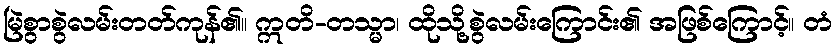
မြဲစွာစွဲလမ်းတတ်ကုန်၏။ ဣတိ-တသ္မာ၊ ထိုသို့စွဲလမ်းကြောင်း၏ အဖြစ်ကြောင့်။ တံ